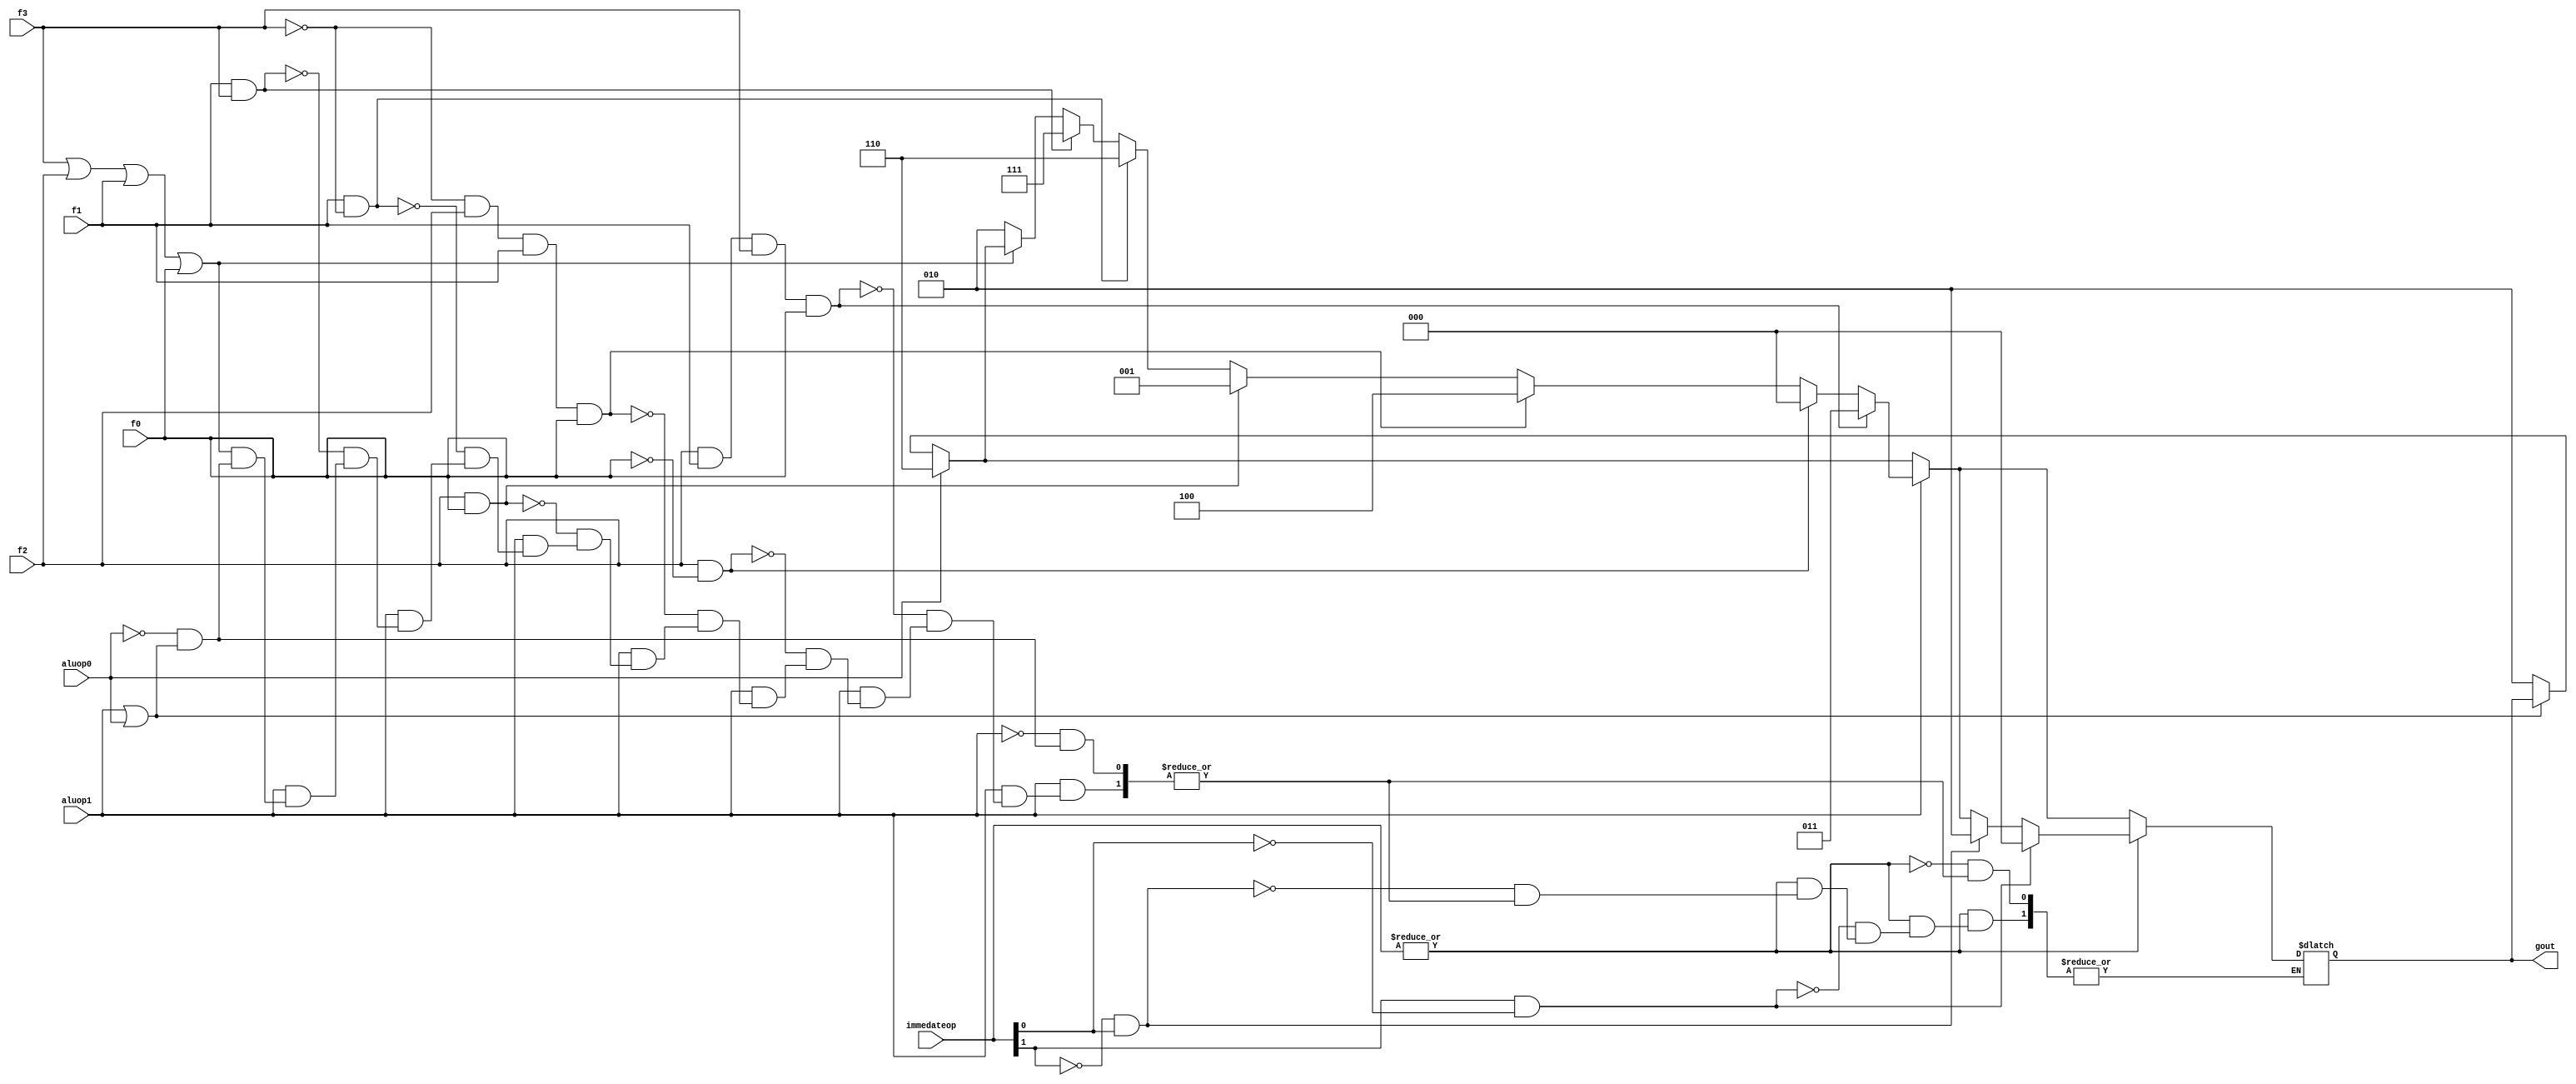
module alucont(aluop1,aluop0,f3,f2,f1,f0,gout,immedateop);

input aluop1,aluop0,f3,f2,f1,f0;
input [1:0] immedateop;
output reg [2:0] gout;

always @(aluop1 or aluop0 or f3 or f2 or f1 or f0 or immedateop)
begin
	if(~(aluop1|aluop0))		// 00 xxxx
		gout=3'b010; 		// sum
	if(aluop0)			// x1 xxxx
		gout=3'b110; 		// sub
	if(aluop1)
	begin
		if (~(f3|f2|f1|f0)) 	// 1x 0000
			gout=3'b010; 	// sum
		if (f1 & f3)		// 1x 1x1x
			gout=3'b111; 	// slt // set on less than
		if (f1 &~(f3))		// 1x 0x1x
			gout=3'b110; 	// sub
		if (f2 & f0)		// 1x x1x1
			gout=3'b001; 	// or
		if (~f3 & f2 & f1 & f0)	// 1x 0111
			gout=3'b100; 	// nor
		if (f2 &~(f0))		// 1x x1x0
			gout=3'b000; 	// and
		if (f2 & f1 & f3 & f0)	// 1x 1111
			gout = 3'b011;	// mul
	end
	if (|immedateop)
	begin
		if (~immedateop[1] & immedateop[0])
			gout=3'b010;
		if (immedateop[1] & ~immedateop[0])
			gout=3'b000;
		
		//case(immedateop)
			//2'b01: gout=3'b010; 	// add
			//2'b10: gout=3'b000; 	// and
		//endcase
	end
end
endmodule